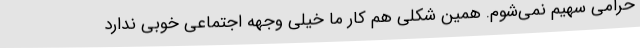
حرامی سهیم نمی‌شوم. همین شکلی هم کار ما خیلی وجهه اجتماعی خوبی ندارد